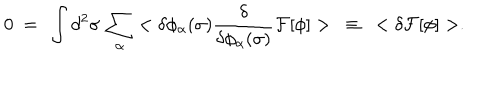
0 \ = \ \int d ^ { 2 } \sigma \, \sum _ { \alpha } < \delta \phi _ { \alpha } ( \sigma ) \frac { \delta } { \delta \phi _ { \alpha } ( \sigma ) } { \cal F } [ \phi ] > \ \equiv \ < \delta { \cal F } [ \phi ] > .